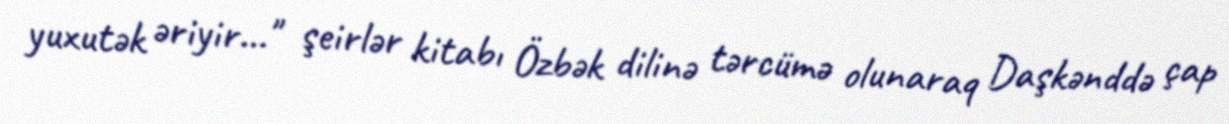
yuxutək əriyir…" şeirlər kitabı Özbək dilinə tərcümə olunaraq Daşkənddə çap